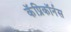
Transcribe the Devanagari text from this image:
कॅप्रिकॉर्नस